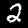
Label: 2